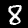
Digit: 8